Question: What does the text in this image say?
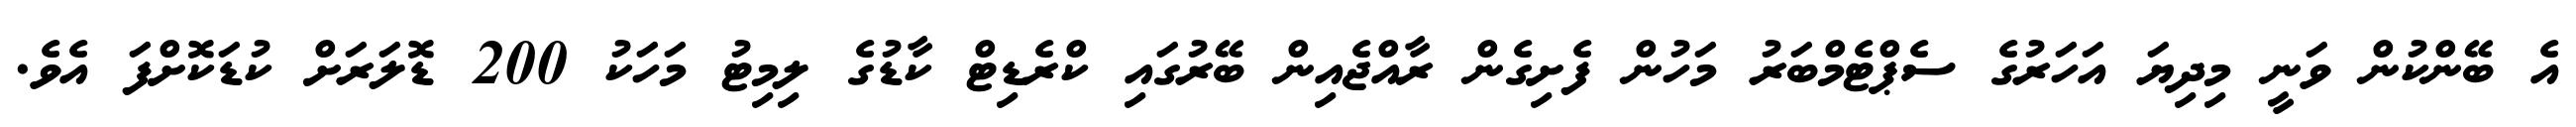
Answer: އެ ބޭންކުން ވަނީ މިދިޔަ އަހަރުގެ ސެޕްޓެމްބަރު މަހުން ފެށިގެން ރާއްޖެއިން ބޭރުގައި ކްރެޑިޓް ކާޑުގެ ލިމިޓު މަހަކު 200 ޑޮލަރަށް ކުޑަކޮށްފަ އެވެ.